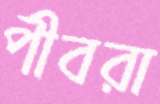
পীবরা